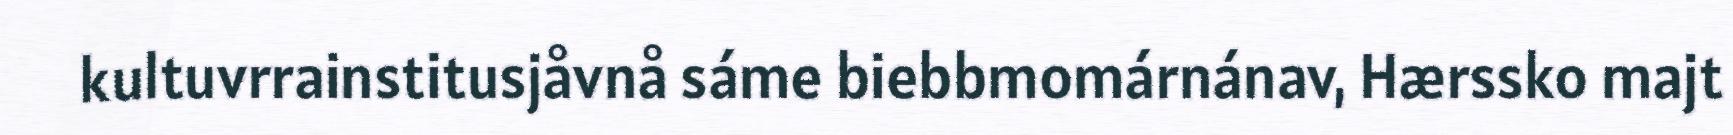
kultuvrrainstitusjåvnå sáme biebbmomárnánav, Hærssko majt